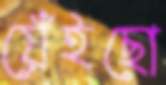
য়েঁইছো